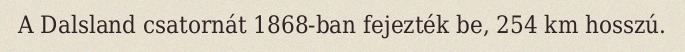
A Dalsland csatornát 1868-ban fejezték be, 254 km hosszú.